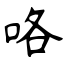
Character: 咯